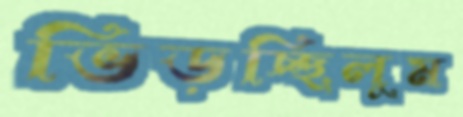
ভিড়চ্ছিলুম